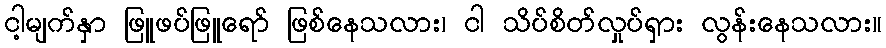
ငါ့မျက်နှာ ဖြူဖပ်ဖြူရော် ဖြစ်နေသလား၊ ငါ သိပ်စိတ်လှုပ်ရှား လွန်းနေသလား။